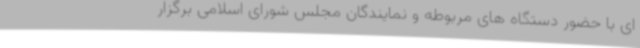
ای با حضور دستگاه های مربوطه و نمایندگان مجلس شورای اسلامی برگزار